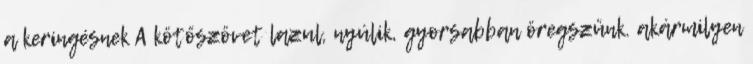
a keringésnek A kötőszövet lazul, nyúlik, gyorsabban öregszünk. akármilyen